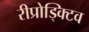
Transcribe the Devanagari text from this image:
रीप्रोड्क्टिव